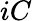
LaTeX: iC